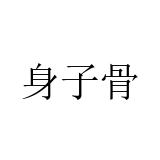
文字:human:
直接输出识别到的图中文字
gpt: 身子骨